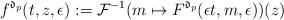
\begin{align*}f^{\mathfrak{d}_{p}}(t,z,\epsilon) := \mathcal{F}^{-1}( m \mapsto F^{\mathfrak{d}_{p}}(\epsilon t,m,\epsilon) )(z)\end{align*}